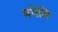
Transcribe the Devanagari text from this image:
मधेसि